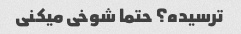
ترسیده؟ حتما شوخی میکنی